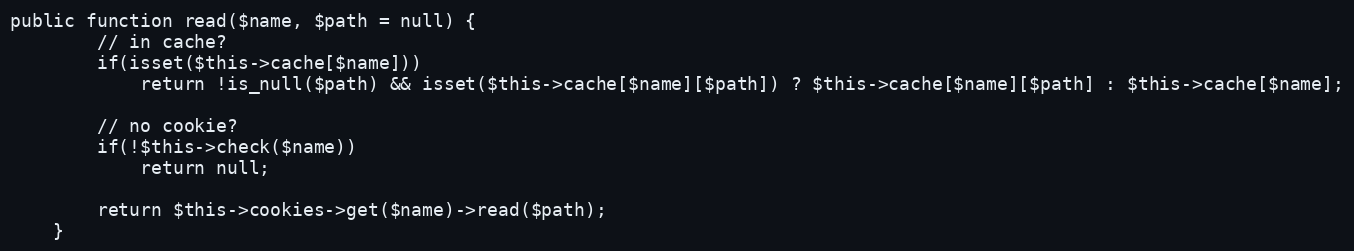
Language: PHP
public function read($name, $path = null) {
        // in cache?
        if(isset($this->cache[$name]))
            return !is_null($path) && isset($this->cache[$name][$path]) ? $this->cache[$name][$path] : $this->cache[$name];

        // no cookie?
        if(!$this->check($name))
            return null;

        return $this->cookies->get($name)->read($path);
    }